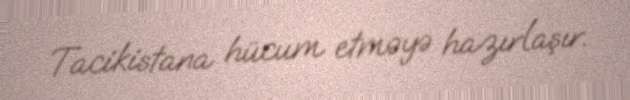
Tacikistana hücum etməyə hazırlaşır.